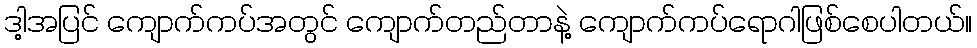
ဒါ့အပြင် ကျောက်ကပ်အတွင် ကျောက်တည်တာနဲ့ ကျောက်ကပ်ရောဂါဖြစ်စေပါတယ်။